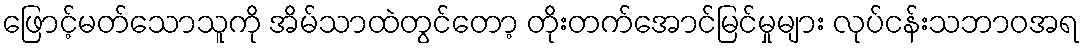
ဖြောင့်မတ်သောသူကို အိမ်သာထဲတွင်တော့ တိုးတက်အောင်မြင်မှုများ လုပ်ငန်းသဘာဝအရ